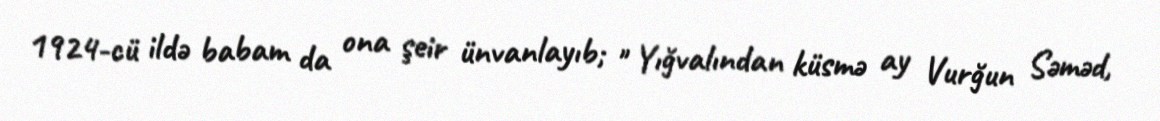
1924-cü ildə babam da ona şeir ünvanlayıb; " Yığvalından küsmə ay Vurğun Səməd,